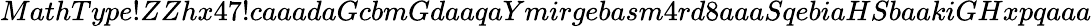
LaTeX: MathType!ZZhx47!caaadaGcbmGdaaqaYmirgebasm4rd8aaaSqebiaHSbaakiGHxpqaaa